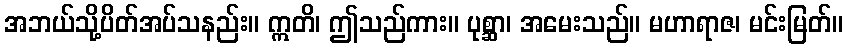
အဘယ်သို့ပိတ်အပ်သနည်း။ ဣတိ၊ ဤသည်ကား။ ပုစ္ဆာ၊ အမေးသည်။ မဟာရာဇ၊ မင်းမြတ်။